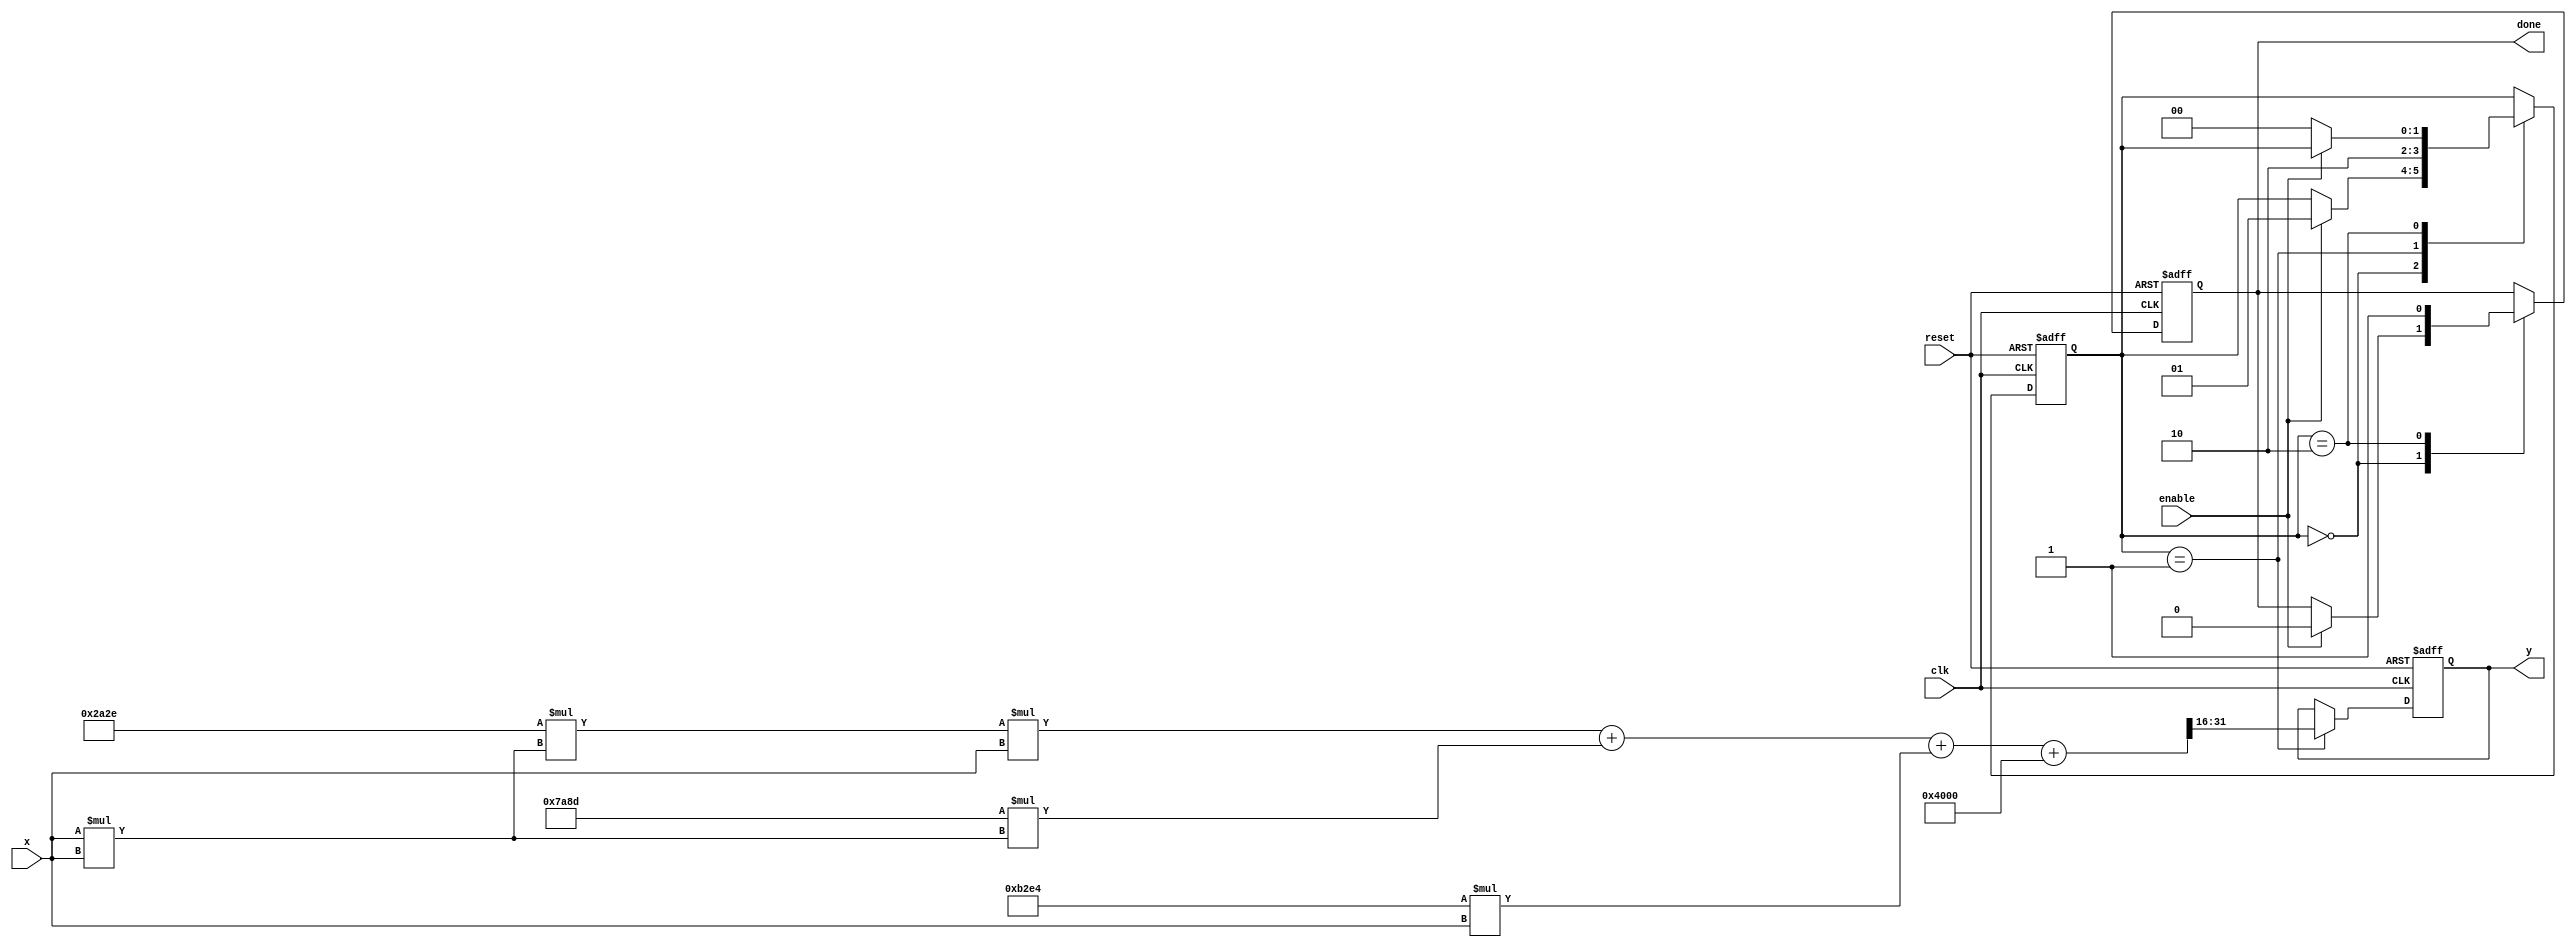
module polynomial_reciprocal (
    input wire clk,
    input wire reset,
    input wire enable,
    input wire [15:0] x, // Input value (fixed-point in range 0 < x < 1)
    output reg [15:0] y,  // Output value (reciprocal of x)
    output reg done       // Signal indicating completion of computation
);

// Coefficients for polynomial approximation
parameter C0 = 16'h4000; // Example coefficient for x^0
parameter C1 = 16'hB2E4; // Example coefficient for x^1
parameter C2 = 16'h7A8D; // Example coefficient for x^2
parameter C3 = 16'h2A2E; // Example coefficient for x^3

// Internal signal for polynomial evaluation
reg [31:0] poly_eval; // To hold the result of polynomial evaluation
reg [31:0] x_squared; // To hold x^2

// State machine signals
reg [1:0] state;
localparam IDLE = 2'b00,
           CALC = 2'b01,
           DONE = 2'b10;

// Polynomial evaluation using Horner's method
always @(*) begin
    // Compute x^2
    x_squared = x * x;

    // Evaluate polynomial P(x) = C3*x^3 + C2*x^2 + C1*x + C0
    poly_eval = C3 * x_squared * x + C2 * x_squared + C1 * x + C0;
end

// Control logic
always @(posedge clk or posedge reset) begin
    if (reset) begin
        y <= 16'b0;
        done <= 1'b0;
        state <= IDLE;
    end else begin
        case (state)
            IDLE: begin
                if (enable) begin
                    state <= CALC;
                    done <= 1'b0;
                end
            end

            CALC: begin
                // Scale the polynomial result to get the reciprocal
                y <= poly_eval[31:16]; // Adjust scaling as necessary
                state <= DONE;
            end
            
            DONE: begin
                done <= 1'b1;
                if (!enable) begin
                    state <= IDLE; // Go back to IDLE if enable is low
                end
            end
        endcase
    end
end

endmodule